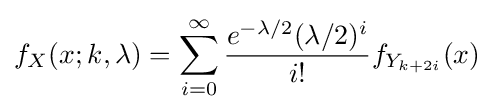
f_{X}(x;k,\lambda )=\sum _{i=0}^{\infty }{\frac {e^{-\lambda /2}(\lambda /2)^{i}}{i!}}f_{Y_{k+2i}}(x)